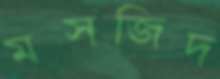
মসজিদ